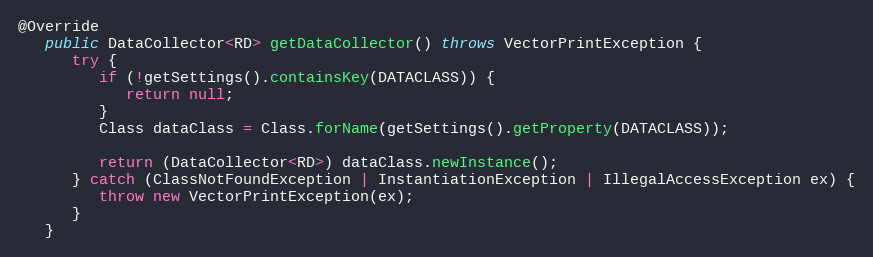
Language: Java
@Override
   public DataCollector<RD> getDataCollector() throws VectorPrintException {
      try {
         if (!getSettings().containsKey(DATACLASS)) {
            return null;
         }
         Class dataClass = Class.forName(getSettings().getProperty(DATACLASS));

         return (DataCollector<RD>) dataClass.newInstance();
      } catch (ClassNotFoundException | InstantiationException | IllegalAccessException ex) {
         throw new VectorPrintException(ex);
      }
   }